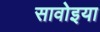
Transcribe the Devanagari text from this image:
सावोइया